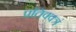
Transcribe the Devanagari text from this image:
प्रतिवक्त्रं